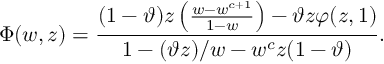
\Phi ( w , z ) = \frac { ( 1 - \vartheta ) z \left( \frac { w - w ^ { c + 1 } } { 1 - w } \right) - \vartheta z \varphi ( z , 1 ) } { 1 - ( \vartheta z ) / w - w ^ { c } z ( 1 - \vartheta ) } .